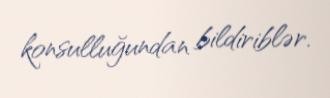
konsulluğundan bildiriblər.